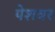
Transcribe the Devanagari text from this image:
पेशवर